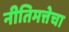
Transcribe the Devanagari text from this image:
नीतिमत्तेचा